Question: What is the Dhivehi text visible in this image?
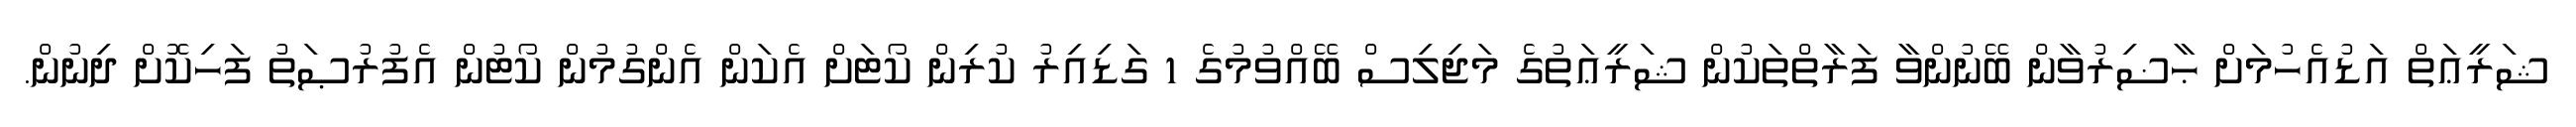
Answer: ޝަރީޢަތް އަޑުއެހުމަށް ޙާޟިރުވާން ބޭނުންވާ ފަރާތްތަކުން ޝަރީޢަތުގެ މަޖިލިސް ބޭއްވުމުގެ 1 ގަޑިއިރު ކުރިން ކޯޓަށް އެކަން އެންގުމުން ކޯޓުން އެފުރުޞަތު ފަހިކޮށް ދިނުން.